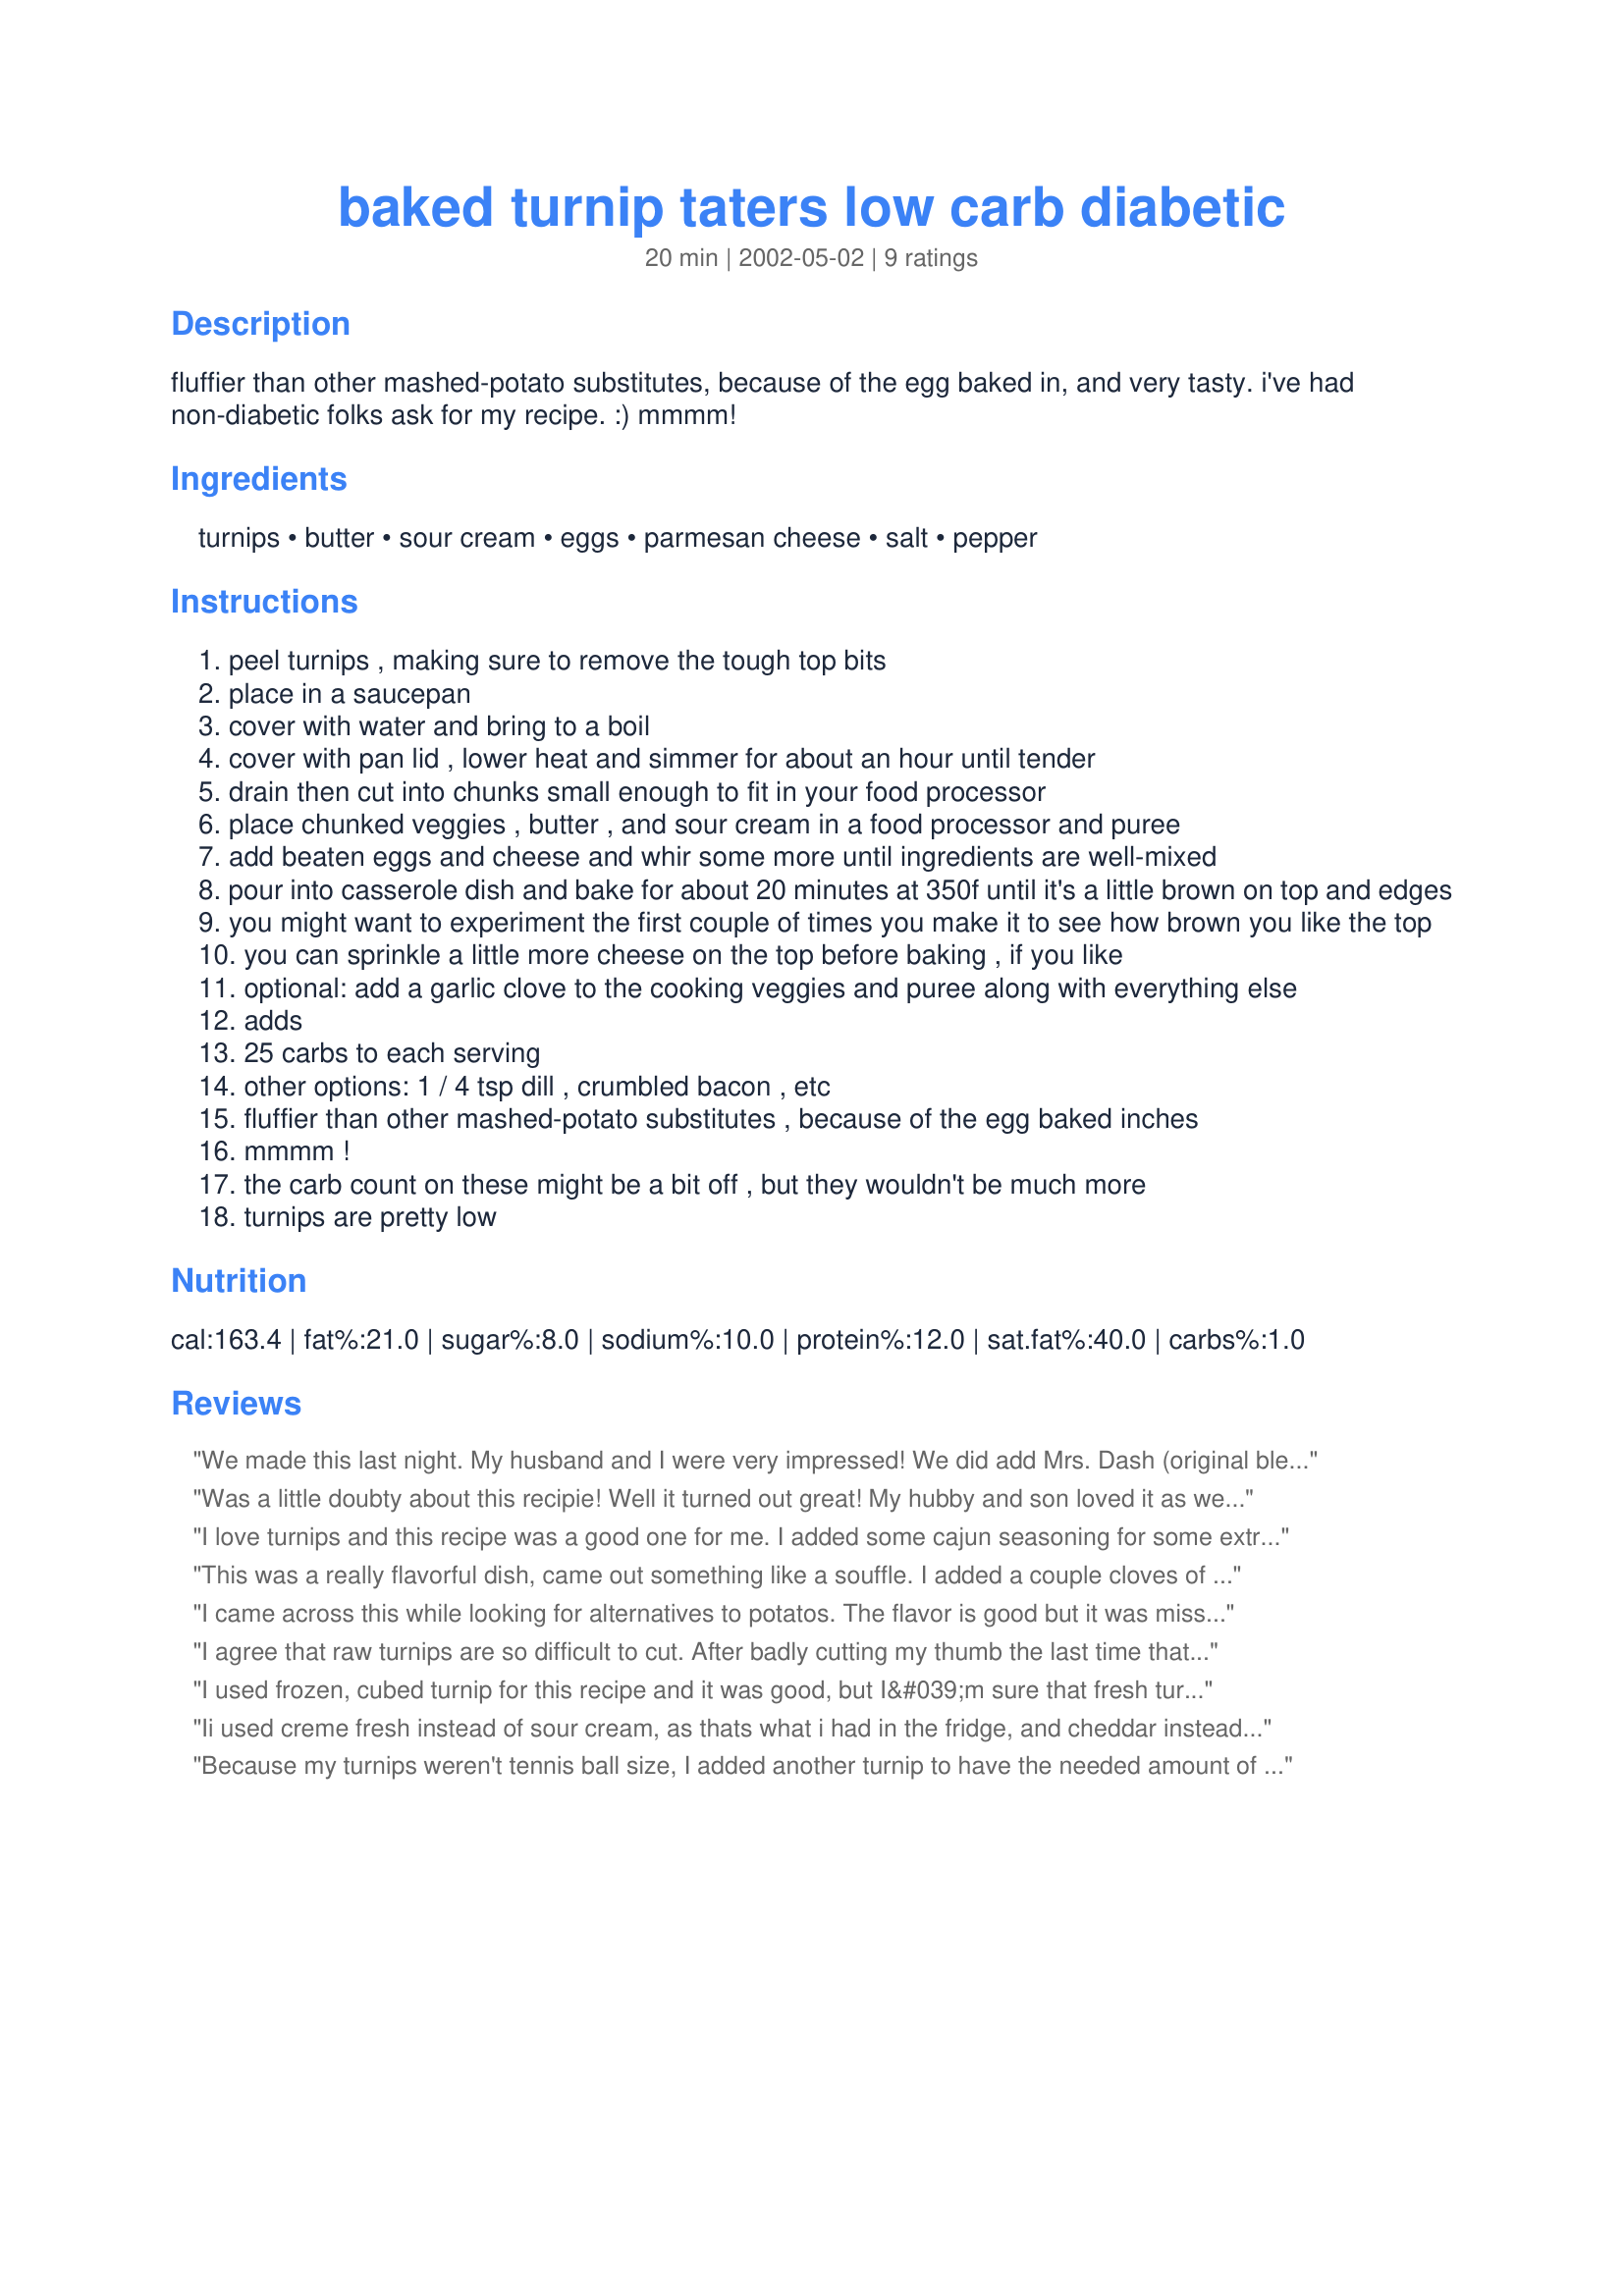
baked turnip taters low carb diabetic
Preparation time: 20 minutes

fluffier than other mashed-potato substitutes, because of the egg baked in, and very tasty. i've had non-diabetic folks ask for my recipe. :) mmmm!

Ingredients:
turnips, butter, sour cream, eggs, parmesan cheese, salt, pepper

Steps:
peel turnips , making sure to remove the tough top bits
place in a saucepan
cover with water and bring to a boil
cover with pan lid , lower heat and simmer for about an hour until tender
drain then cut into chunks small enough to fit in your food processor
place chunked veggies , butter , and sour cream in a food processor and puree
add beaten eggs and cheese and whir some more until ingredients are well-mixed
pour into casserole dish and bake for about 20 minutes at 350f until it's a little brown on top and edges
you might want to experiment the first couple of times you make it to see how brown you like the top
you can sprinkle a little more cheese on the top before baking , if you like
optional: add a garlic clove to the cooking veggies and puree along with everything else
adds
25 carbs to each serving
other options: 1 / 4 tsp dill , crumbled bacon , etc
fluffier than other mashed-potato substitutes , because of the egg baked inches
mmmm !
the carb count on these might be a bit off , but they wouldn't be much more
turnips are pretty low

Reviews:
We made this last night. My husband and I were very impressed! We did add Mrs. Dash (original bled) for a little kick in flavor.
Was a little doubty about this recipie! Well it turned out great! My hubby and son loved it as well! Nice way to replace the patatoes and what a delicious taste and texture. I will be making this again for sure. Oh! I replaced the parmesan with mozarella cheese and added baby speenachs cut finely. <br/>thanks <br/>Shannon :-)
I love turnips and this recipe was a good one for me. I added some cajun seasoning for some extra zing. Thanks!
This was a really flavorful dish, came out something like a souffle. I added a couple cloves of elephant garlic and took the suggestion and added 1/2 mozzarella, 1/2 parmesan (probably a little more than 1/4 cup) It came out surprisingly flavorful, and furthermore, it's good for us!
I came across this while looking for alternatives to potatos. The flavor is good but it was missing something for me. I will definitely use this again and see if I can "punch it up" a bit. I might try using mozzarella or even cheddar in place of the parmesan.
I agree that raw turnips are so difficult to cut. After badly cutting my thumb the last time that I peeled raw turnips, I am wary of doing that again. I avoided both cutting and peeling by baking the whole, unpeeled, scrubbed turnips at 400F degrees for one hour in a covered Corningware dish. There is no need to add water or oil because turnips naturally have a high water content. After allowing them to cool, I easily slipped their skin right off and squeezed out the excess juices. A surprisingly huge amount of liquid rendered. I added four cloves of roasted garlic to mimic the garlic mashed potatoes that I adore. Beating the eggs until very frothy is the key to achieving a fluffy souffl&eacute; texture. Baked Turnip &#039;taters rose high into a golden brown delight. Thank you, Julesong, for this creamy, smooth, and delicious side dish.
I used frozen, cubed turnip for this recipe and it was good, but I&#039;m sure that fresh turnip is better. If anyone else is using frozen turnip, drain it well after boiling and press down on it gently to get more water out. I will make this again, it is a nice change from the usual. Thanks!
Ii used creme fresh instead of sour cream, as thats what i had in the fridge, and cheddar instead of parmesan and this turned out great.I agree with laurita it did come out a bit like a souffle and it was lovely i will be making this a lot, thank you so much for sharing this recipe.
Because my turnips weren't tennis ball size, I added another turnip to have the needed amount of turnips and added 2cloves of garlic when I boiled them. I followed the recipe. I did add some salt and pepper when I put them in the processor. The result after the processor seemed too thin. I added 2 Tbs bread crumbs and 1 minced scallion. After baked, it was fantastic, in texture and taste. However, the next time I make it I will only use one one egg. (Won't need the breadcrumbs-which I would prefer not to do.) It was great to have with the gravy I had and I was able to skip the potatoe.
